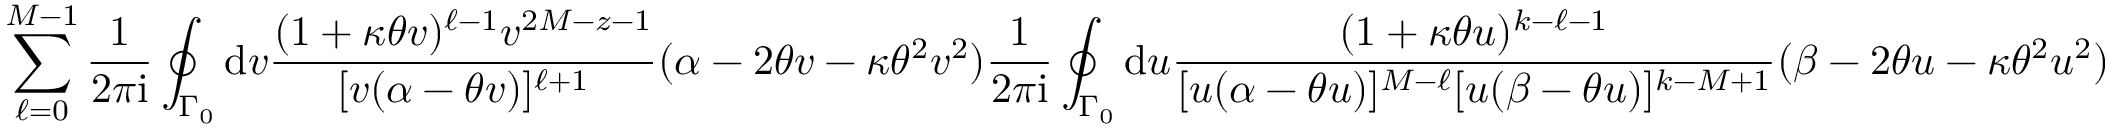
\sum _ { \ell = 0 } ^ { M - 1 } \frac { 1 } { 2 \pi \mathrm { i } } \oint _ { \Gamma _ { 0 } } \mathrm { d } v \frac { ( 1 + \kappa \theta v ) ^ { \ell - 1 } v ^ { 2 M - z - 1 } } { [ v ( \alpha - \theta v ) ] ^ { \ell + 1 } } ( \alpha - 2 \theta v - \kappa \theta ^ { 2 } v ^ { 2 } ) \frac { 1 } { 2 \pi \mathrm { i } } \oint _ { \Gamma _ { 0 } } \mathrm { d } u \frac { ( 1 + \kappa \theta u ) ^ { k - \ell - 1 } } { [ u ( \alpha - \theta u ) ] ^ { M - \ell } [ u ( \beta - \theta u ) ] ^ { k - M + 1 } } ( \beta - 2 \theta u - \kappa \theta ^ { 2 } u ^ { 2 } )